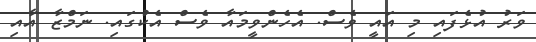
ވަރު އުޅެފައި މި އައީ ވެސް. އެހެންވީމައާ ވެސް އެކުގައި. ނަމްޒާ އާއި